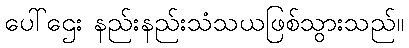
ပေါ်ဌေး နည်းနည်းသံသယဖြစ်သွားသည်။